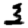
Digit: 3